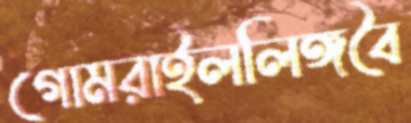
গোমরাইললিঙ্গবৈ